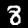
Digit: 8